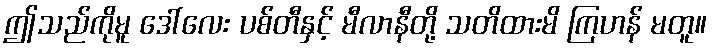
ဤသည်ကိုမူ ဒေါ်လေး ပစ်တီနှင့် မီလာနီတို့ သတိထားမိ ကြဟန် မတူ။